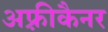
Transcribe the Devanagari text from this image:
अफ़्रीकैनर